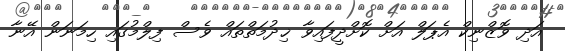
އަދި ވޮޒްނިކް އެޕަލް އަށް ކޮށްދީފައިވާ ޚިދުމަތްތައް ވެސް ފިލްމުގައި ހިމަނަން އޭނާ